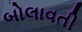
બોલાવતી